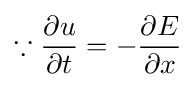
\because {\frac {\partial u}{\partial t}}=-{\frac {\partial E}{\partial x}}